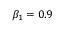
\beta _ { 1 } = 0 . 9